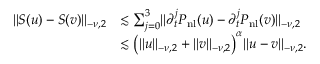
\begin{array} { r l } { \lVert S ( u ) - S ( v ) \rVert _ { - \nu , 2 } } & { \lesssim \sum _ { j = 0 } ^ { 3 } \lVert \partial _ { t } ^ { j } P _ { \mathrm { n l } } ( u ) - \partial _ { t } ^ { j } P _ { \mathrm { n l } } ( v ) \rVert _ { - \nu , 2 } } \\ & { \lesssim \bigl ( \lVert u \rVert _ { - \nu , 2 } + \lVert v \rVert _ { - \nu , 2 } \bigr ) ^ { \alpha } \lVert u - v \rVert _ { - \nu , 2 } . } \end{array}